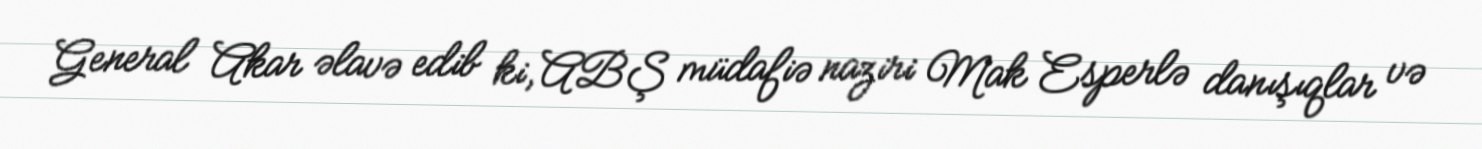
General Akar əlavə edib ki, ABŞ müdafiə naziri Mak Esperlə danışıqlar və